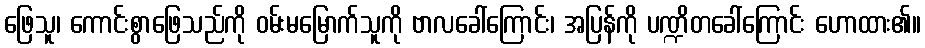
ဖြေသူ၊ ကောင်းစွာဖြေသည်ကို ဝမ်းမမြောက်သူကို ဗာလခေါ်ကြောင်း၊ အပြန်ကို ပဏ္ဍိတခေါ်ကြောင်း ဟောထား၏။